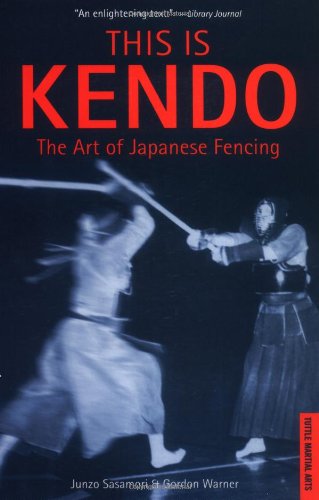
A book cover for This is Kendo: The Art of Japanese Fencing; Junzo Sasamori; Sports & Outdoors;